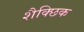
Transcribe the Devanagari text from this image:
शैक्छिक